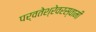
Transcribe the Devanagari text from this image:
पर्वतेश्रेवरस्वामी